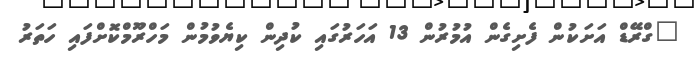
"ގްރޭޑް އަށަކުން ފެށިގެން އުމުރުން 13 އަހަރުގައި ކުދިން ކިޔެވުމުން މަހްރޫމްކޮށްފައި ހަތަރު